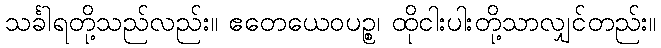
သင်္ခါရတို့သည်လည်း။ ဧတေယေဝပဉ္စ၊ ထိုငါးပါးတို့သာလျှင်တည်း။